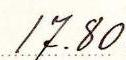
17.80